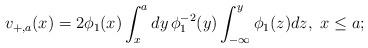
LaTeX: \begin{align*}v_{+,a}(x)=2\phi_1(x)\int_x^ady\thinspace\phi^{-2}_1(y)\int_{-\infty}^y\phi_1(z)dz,\ x\le a;\end{align*}